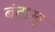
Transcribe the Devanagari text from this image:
बंटाखु